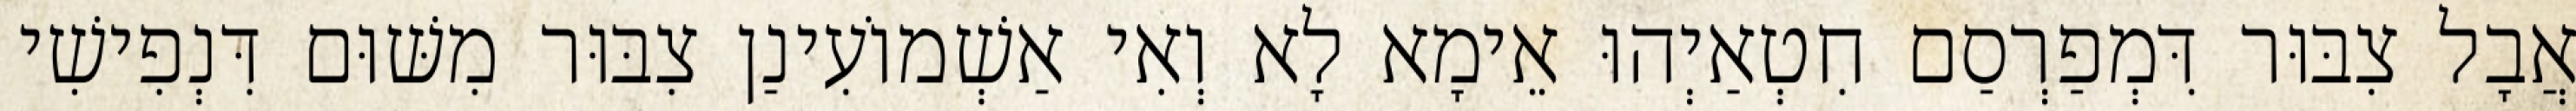
אֲבָל צִבּוּר דִּמְפַרְסַם חִטְאַיְהוּ אֵימָא לָא וְאִי אַשְׁמוֹעִינַן צִבּוּר מִשּׁוּם דִּנְפִישִׁי